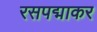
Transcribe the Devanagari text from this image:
रसपद्माकर